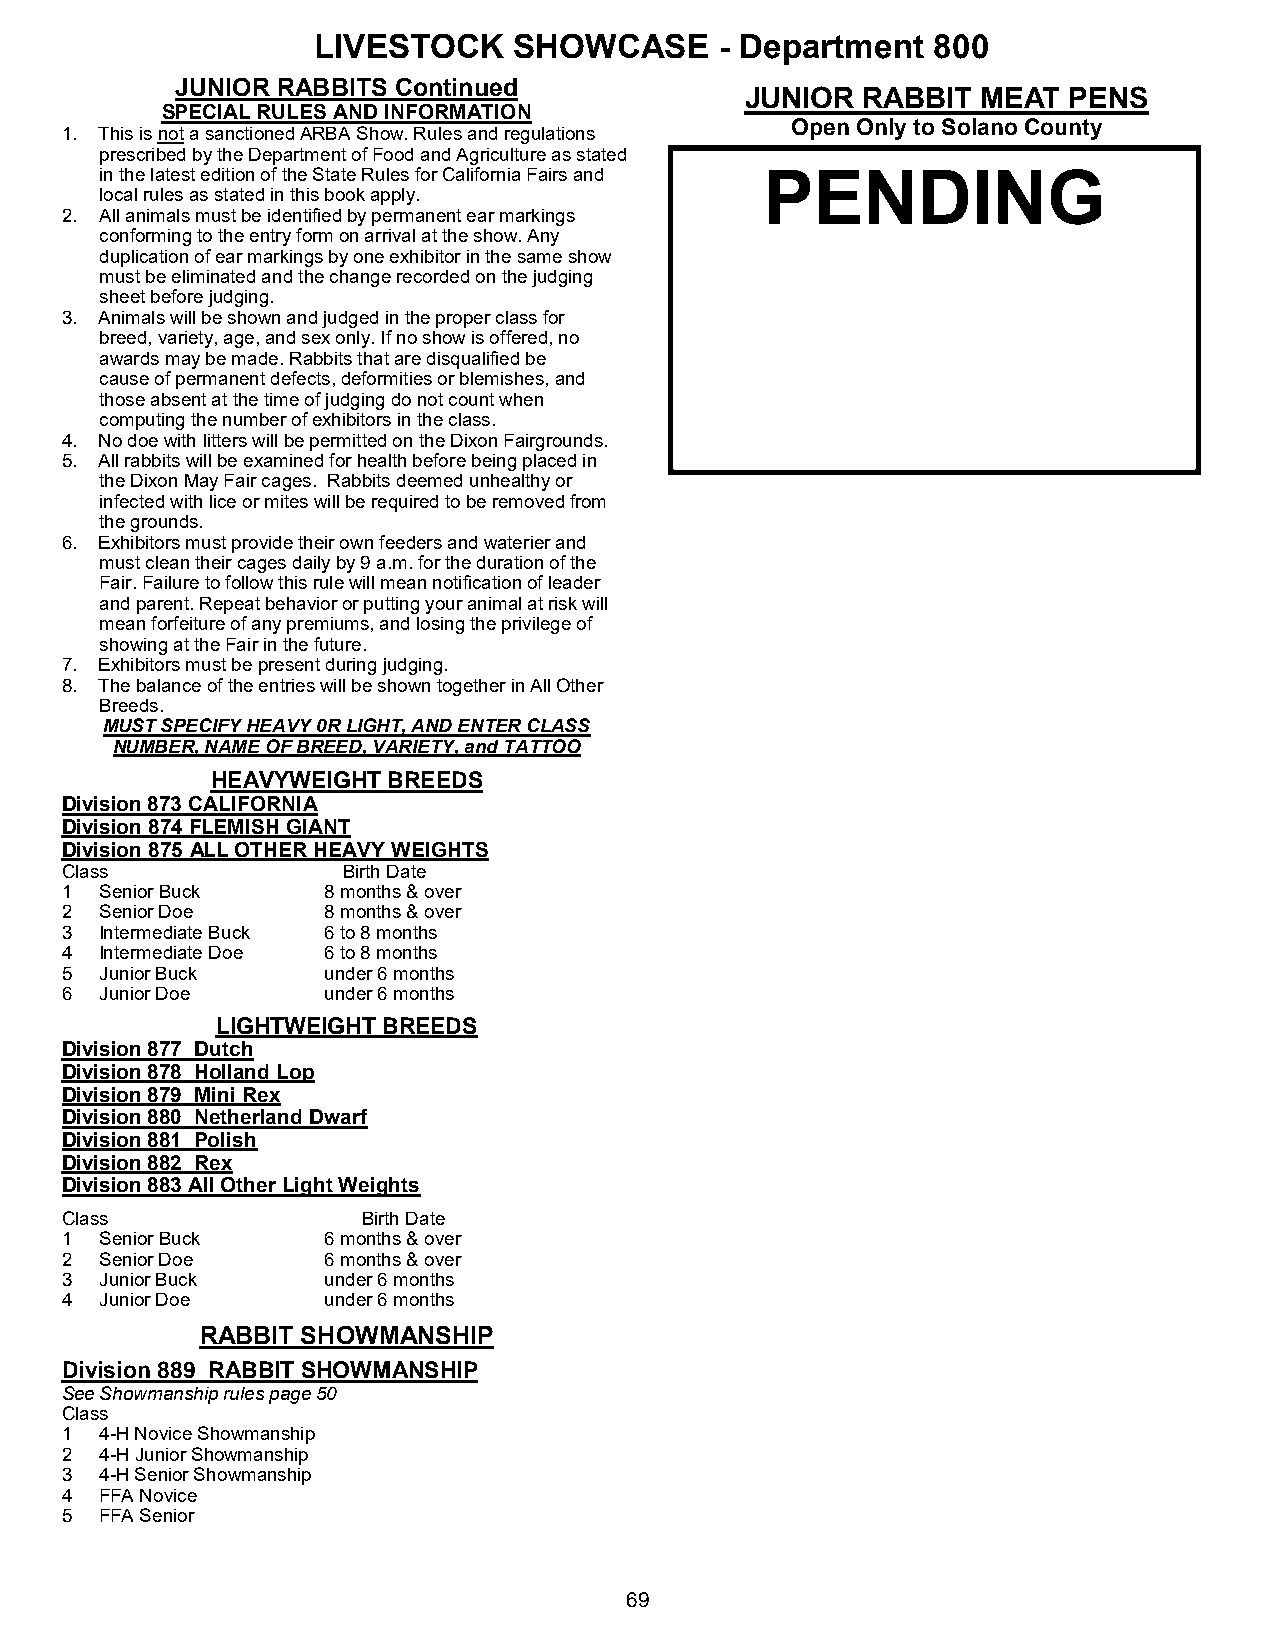
LIVESTOCK    SHOWCASE      - Department  800
 JUNIOR RABBITS Continued
 JUNIOR  RABBIT  MEAT  PENS
 SPECIAL RULES AND INFORMATION
 Open Only to Solano County
 1. This is not a sanctioned ARBA Show. Rules and regulations
 prescribed by the Department of Food and Agriculture as stated
 in the latest edition of the State Rules for California Fairs and PENDING
 local rules as stated in this book apply.
 2. All animals must be identified by permanent ear markings
 conforming to the entry form on arrival at the show. Any
 duplication of ear markings by one exhibitor in the same show
 must be eliminated and the change recorded on the judging
 sheet before judging.
 3. Animals will be shown and judged in the proper class for
 breed, variety, age, and sex only. If no show is offered, no
 awards may be made. Rabbits that are disqualified be
 cause of permanent defects, deformities or blemishes, and
 those absent at the time of judging do not count when
 computing the number of exhibitors in the class.
 4. No doe with litters will be permitted on the Dixon Fairgrounds.
 5. All rabbits will be examined for health before being placed in
 the Dixon May Fair cages. Rabbits deemed unhealthy or
 infected with lice or mites will be required to be removed from
 the grounds.
 6. Exhibitors must provide their own feeders and waterier and
 must clean their cages daily by 9 a.m. for the duration of the
 Fair. Failure to follow this rule will mean notification of leader
 and parent. Repeat behavior or putting your animal at risk will
 mean forfeiture of any premiums, and losing the privilege of
 showing at the Fair in the future.
 7. Exhibitors must be present during judging.
 8. The balance of the entries will be shown together in All Other
 Breeds.
 MUST SPECIFY HEAVY 0R LIGHT, AND ENTER CLASS
 NUMBER, NAME OF BREED, VARIETY, and TATTOO
 HEAVYWEIGHT BREEDS
 Division 873 CALIFORNIA
 Division 874 FLEMISH GIANT
 Division 875 ALL OTHER HEAVY WEIGHTS
 Class              Birth Date
 1  Senior Buck   8 months & over
 2  Senior Doe    8 months & over
 3  Intermediate Buck 6 to 8 months
 4  Intermediate Doe 6 to 8 months
 5  Junior Buck   under 6 months
 6  Junior Doe    under 6 months
 LIGHTWEIGHT BREEDS
 Division 877 Dutch
 Division 878 Holland Lop
 Division 879 Mini Rex
 Division 880 Netherland Dwarf
 Division 881 Polish
 Division 882 Rex
 Division 883 All Other Light Weights
 Class               Birth Date
 1  Senior Buck   6 months & over
 2  Senior Doe    6 months & over
 3  Junior Buck   under 6 months
 4  Junior Doe    under 6 months
 RABBIT SHOWMANSHIP
 Division 889 RABBIT SHOWMANSHIP
 See Showmanship rules page 50
 Class
 1  4-H Novice Showmanship
 2  4-H Junior Showmanship
 3  4-H Senior Showmanship
 4  FFA Novice
 5  FFA Senior
 69